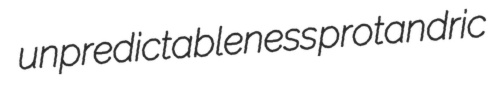
unpredictableness protandric